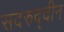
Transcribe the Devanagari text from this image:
सदरुद्दीन